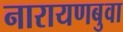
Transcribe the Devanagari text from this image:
नारायणबुवा